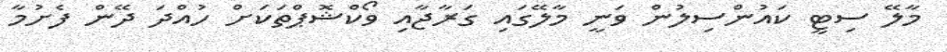
މާލޭ ސިޓީ ކައުންސިލުން ވަނީ މާލޭގައި ގަރާޖާއި ވޯކްޝޮޕްތަކަށް ހުއްދަ ދޭން ފެށުމާ